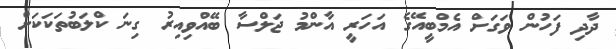
ދާދި ފަހުން ވަގަށް އެމްބީއޭގެ އަހަރީ އާންމު ޖަލްސާ ބޭއްވިއިރު ގިނަ ކްލަބުތަކަކަށް